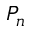
P _ { n }